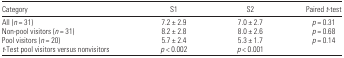
<table><thead><tr><td><b>Category</b></td><td><b>S1</b></td><td><b>S2</b></td><td><b>Paired <i>t</i>-test</b></td></tr></thead><tbody><tr><td>All (<i>n</i> = 31)</td><td>7.2 ± 2.9</td><td>7.0 ± 2.7</td><td><i>p</i> = 0.31</td></tr><tr><td>Non-pool visitors (<i>n</i> = 31)</td><td>8.2 ± 2.8</td><td>8.0 ± 2.6</td><td><i>p</i> = 0.68</td></tr><tr><td>Pool visitors (<i>n</i> = 20)</td><td>5.7 ± 2.4</td><td>5.3 ± 1.7</td><td><i>p</i> = 0.14</td></tr><tr><td><i>t</i>-Test pool visitors versus nonvisitors</td><td><i>p</i> &lt; 0.002</td><td><i>p</i> &lt; 0.001</td><td>[EMPTY_CELL]</td></tr></tbody></table>